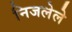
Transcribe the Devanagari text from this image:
निजलेले